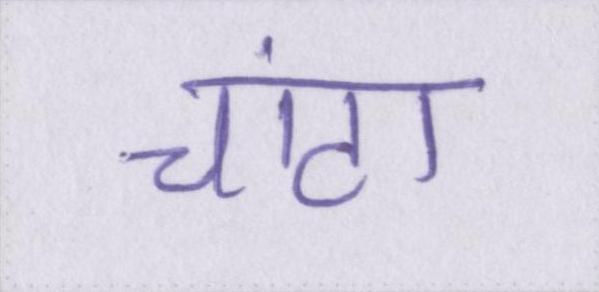
चांटा